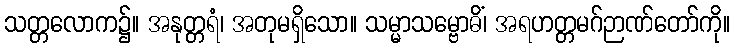
သတ္တလောက၌။ အနုတ္တရံ၊ အတုမရှိသော။ သမ္မာသမ္ဗောဓိံ၊ အရဟတ္တမဂ်ဉာဏ်တော်ကို။